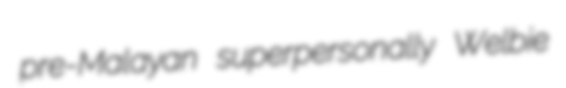
pre-Malayan superpersonally Welbie